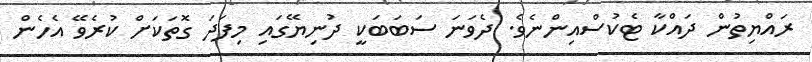
ރައްޔިތުން ދައްކާ ޓެކުސްއިންނެވެ. ދެވަނަ ސަބަބަކީ ދުނިޔޭގައި މިފަދަ ގޮތަކަށް ކުރެވޭ އެހެން